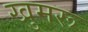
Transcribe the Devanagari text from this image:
खुमरू